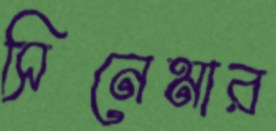
সিনেমার